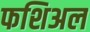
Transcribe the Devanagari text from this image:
फशिअल